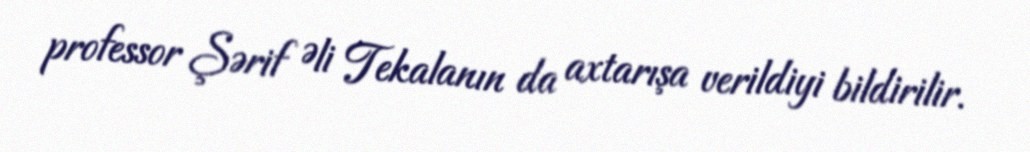
professor Şərif Əli Tekalanın da axtarışa verildiyi bildirilir.